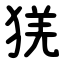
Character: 猐